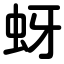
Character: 蚜